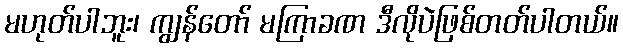
မဟုတ်ပါဘူး၊ ကျွန်တော် မကြာခဏ ဒီလိုပဲဖြစ်တတ်ပါတယ်။